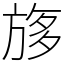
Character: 𣃽